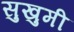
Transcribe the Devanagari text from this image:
सुखुमी